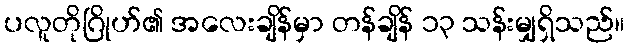
ပလူတိုဂြိုဟ်၏ အလေးချိန်မှာ တန်ချိန် ၁၃ သန်းမျှရှိသည်။